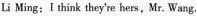
Li Ming: I think they're hers , Mr. Wang.